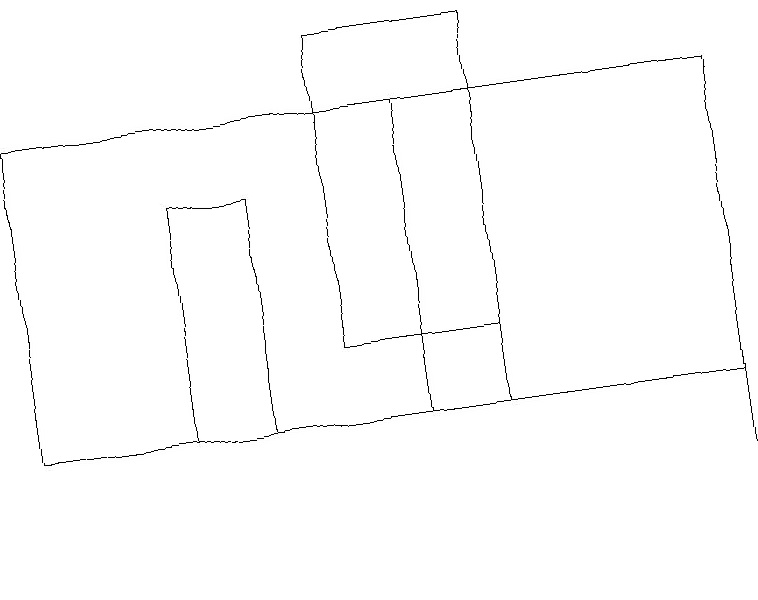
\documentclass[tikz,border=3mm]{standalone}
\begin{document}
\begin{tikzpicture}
\draw (0,16) rectangle (9,12);
\draw (4,17) rectangle (6,13);
\draw (5,12) rectangle (6,16);
\draw (3,15) rectangle (2,12);
\draw (9,10) rectangle (9,13);
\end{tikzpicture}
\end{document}